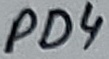
Text: PD4